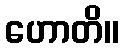
ဟောတိ။